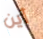
أين